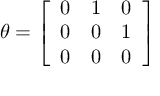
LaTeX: \theta = { \left[ \begin{array} { l l l } { 0 } & { 1 } & { 0 } \\ { 0 } & { 0 } & { 1 } \\ { 0 } & { 0 } & { 0 } \end{array} \right] } \qquad